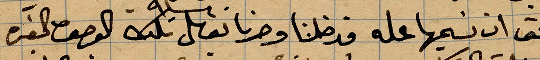
يحق ان نسميها عله فدلخنا وصرنا ...الوصف الحفرة